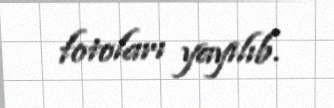
fotoları yayılıb.